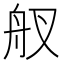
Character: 䑡